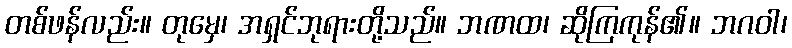
တစ်ဖန်လည်း။ တုမှေ၊ အရှင်ဘုရားတို့သည်။ ဘဏထ၊ ဆိုကြကုန်၏။ ဘဂဝါ၊